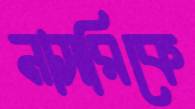
নাসরিকে